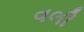
વલી